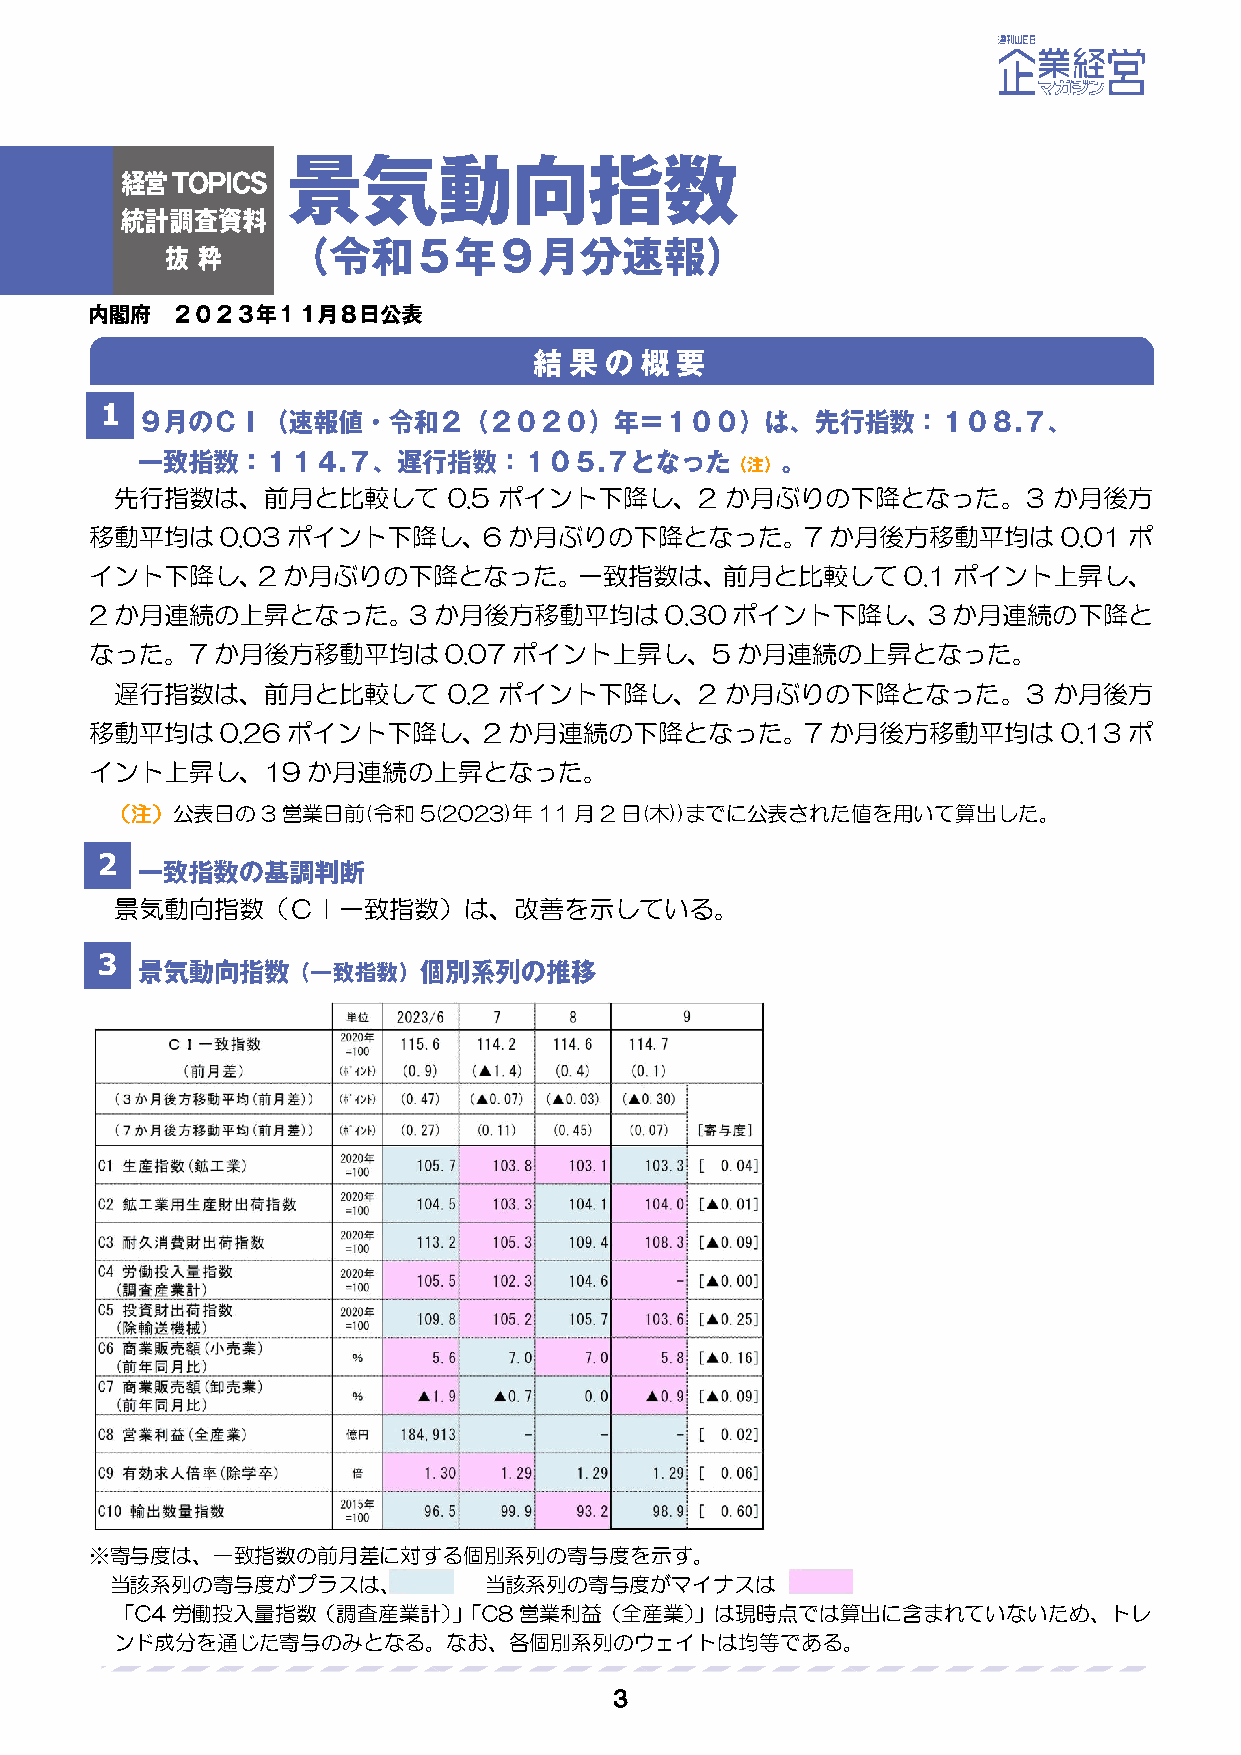
1
 。
 先行指数は、前月と比較して         0.5 ポイント下降し、2     か月ぶりの下降となった。3         か月後方
 移動平均は    0.03ポイント下降し、6か月ぶりの下降となった。7              か月後方移動平均は      0.01ポ
 イント下降し、2か月ぶりの下降となった。一致指数は、前月と比較して                     0.1ポイント上昇し、
 2か月連続の上昇となった。3か月後方移動平均は               0.30ポイント下降し、3か月連続の下降と
 なった。7か月後方移動平均は         0.07ポイント上昇し、5か月連続の上昇となった。
 遅行指数は、前月と比較して         0.2 ポイント下降し、2     か月ぶりの下降となった。3         か月後方
 移動平均は    0.26ポイント下降し、2か月連続の下降となった。7              か月後方移動平均は      0.13ポ
 イント上昇し、19か月連続の上昇となった。
 （注）公表日の3営業日前(令和5(2023)年11月2日(木))までに公表された値を用いて算出した。
 2
 景気動向指数（ＣＩ一致指数）は、改善を示している。
 3
 ※寄与度は、一致指数の前月差に対する個別系列の寄与度を示す。
 当該系列の寄与度がプラスは、           当該系列の寄与度がマイナスは
 「C4労働投入量指数（調査産業計）」「C8営業利益（全産業）」は現時点では算出に含まれていないため、トレ
 ンド成分を通じた寄与のみとな     る。なお、各個別系列のウェイトは均等である。
 ３